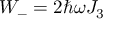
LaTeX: W _ { - } = 2 \hbar \omega J _ { 3 }